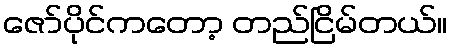
ဇော်ပိုင်ကတော့ တည်ငြိမ်တယ်။